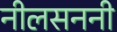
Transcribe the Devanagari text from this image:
नीलसननी